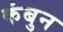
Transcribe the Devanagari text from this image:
कंबुन